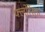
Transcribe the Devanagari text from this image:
फ्लोरेस्ता